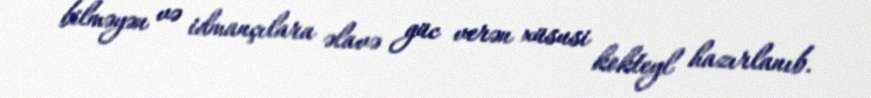
bilməyən və idmançılara əlavə güc verən xüsusi kokteyl hazırlanıb.